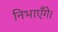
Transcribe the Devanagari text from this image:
निभाएँगे।